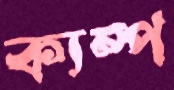
ক্যম্প